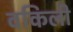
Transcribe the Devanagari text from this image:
वकिली